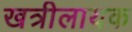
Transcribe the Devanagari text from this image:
खत्रीलायक